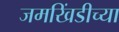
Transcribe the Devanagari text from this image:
जमखिंडीच्या